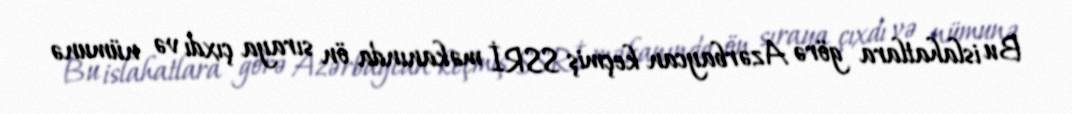
Bu islahatlara görə Azərbaycan keçmiş SSRİ məkanında ön sıraya çıxdı və nümunə